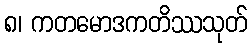
၈၊ ကတမောဒကတိဿသုတ်